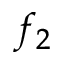
f _ { 2 }